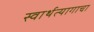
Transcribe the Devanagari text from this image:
स्वार्थत्यागाचा